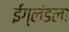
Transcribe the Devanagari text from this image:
ईंग्लंडला